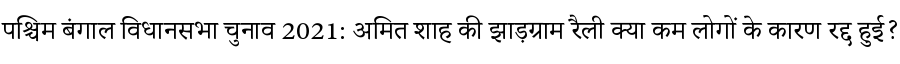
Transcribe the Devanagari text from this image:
पश्चिम बंगाल विधानसभा चुनाव 2021: अमित शाह की झाड़ग्राम रैली क्या कम लोगों के कारण रद्द हुई?